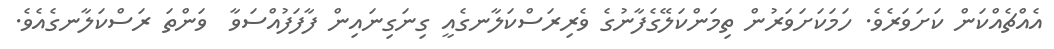
އެއްޗެއްކަން ކަށަވަރެވެ. ހަމަކަށަވަރުން ތިމަންކަލޭގެފާނުގެ ވެރިރަސްކަލާނގެއީ ގިނަގިނައިން ފާފަފުއްސަވާ  ވަންތަ ރަސްކަލާނގެއެވެ.